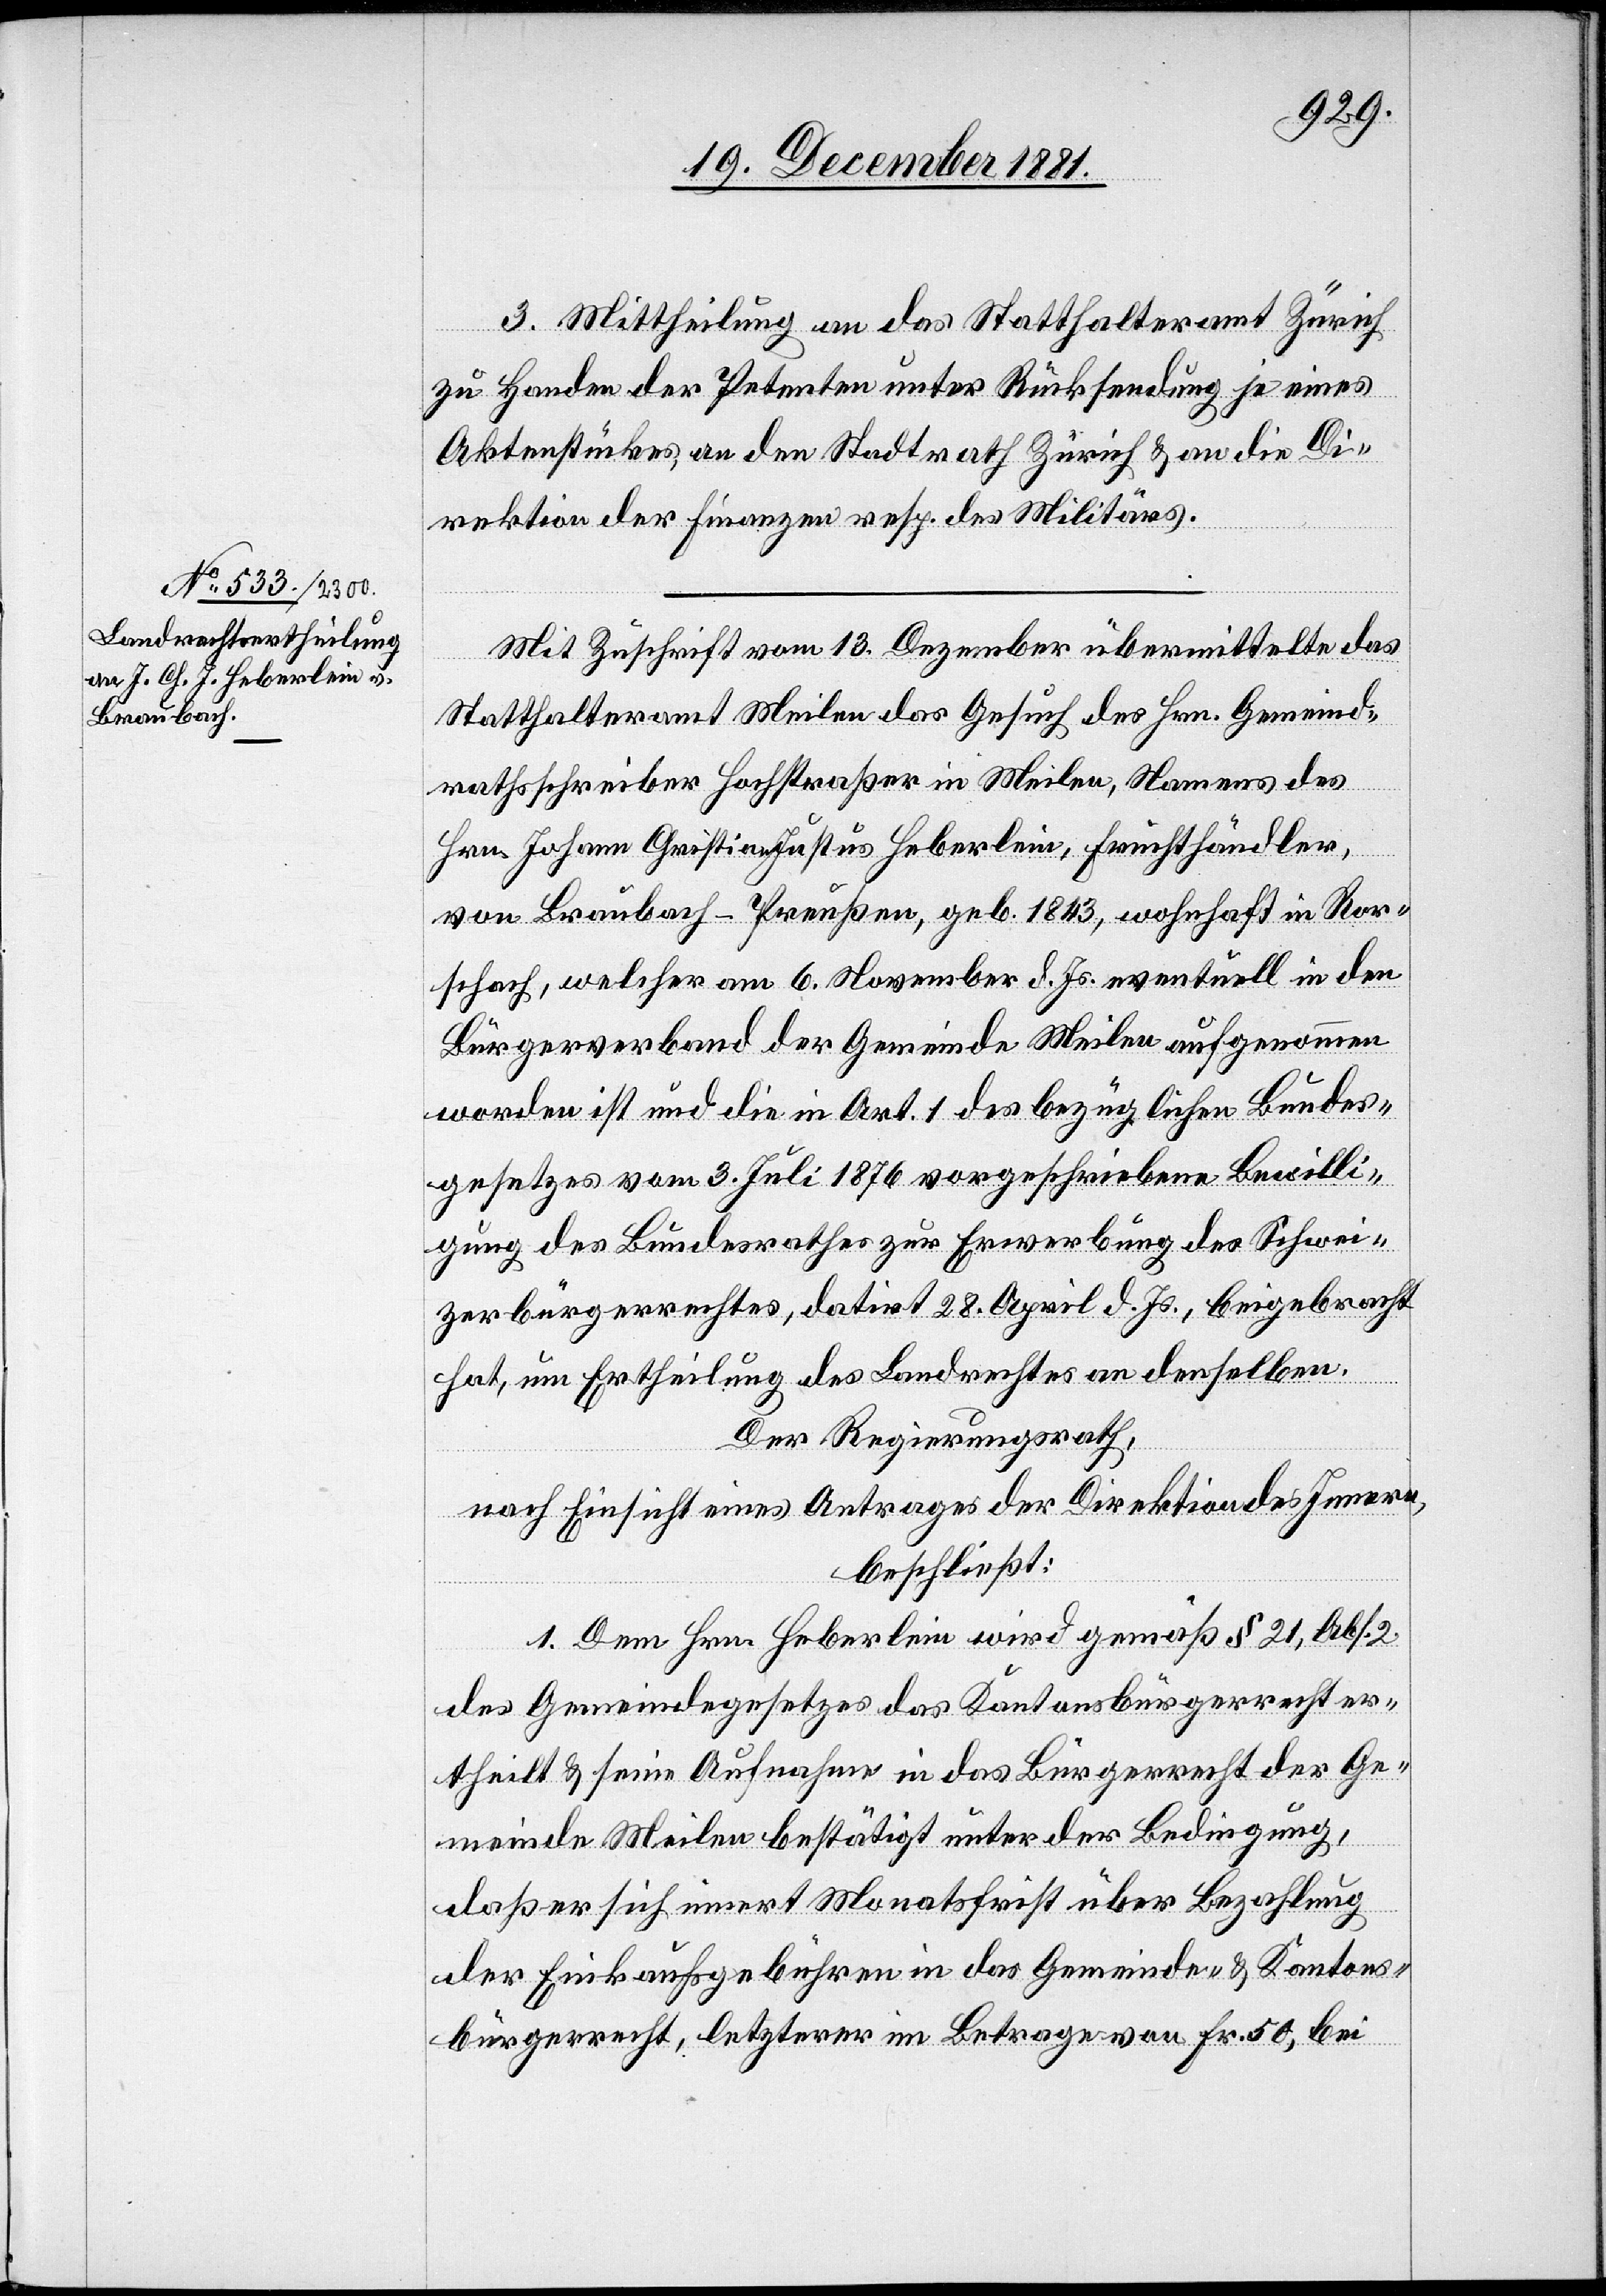
3. Mittheilung an das Statthalteramt Zürich
zu Handen der Petenten unter Rücksendung je eines
Aktenstückes, an den Stadtrath Zürich & an die Di¬
rektion der Finanzen resp. des Militärs.
Mit Zuschrift vom 13. Dezember übermittelte das
Statthalteramt Meilen das Gesuch des Hrn. Gemeind¬
rathsschreiber Hochstraßer in Meilen, Namens des
Hrn. Johann Christian Justus Heberlein, Fruchthändler,
von Braubach - Preußen, geb. 1843, wohnhaft in Ror¬
schach, welcher am 6. November d. Js. eventuell in den
Bürgerverband der Gemeinde Meilen aufgenommen
worden ist und die in Art. 1 des bezüglichen Bundes¬
gesetzes vom 3. Juli 1876 vorgeschriebene Bewilli¬
gung des Bundesrathes zur Erwerbung des Schwei¬
zerbürgerrechtes, datirt 28. April d. Js., beigebracht
hat, um Ertheilung des Landrechtes an denselben.
Der Regierungsrath,
nach Einsicht eines Antrages der Direktion des Innern,
beschließt:
1. Dem Hrn. Heberlein wird gemäß § 21, Abs. 2
des Gemeindegesetzes das Kantonsbürgerrecht er¬
theilt & seine Aufnahme in das Bürgerrecht der Ge¬
meinde Meilen bestätigt unter der Bedingung,
daß er sich innert Monatsfrist über Bezahlung
der Einkaufsgebühren in das Gemeinde- & Kantons¬
bürgerrecht, letzterer im Betrage von Fr. 50, bei